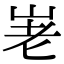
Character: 𡶰